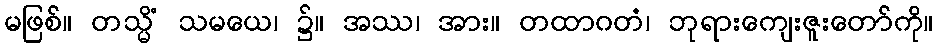
မဖြစ်။ တသ္မိံ သမယေ၊ ၌။ အဿ၊ အား။ တထာဂတံ၊ ဘုရားကျေးဇူးတော်ကို။